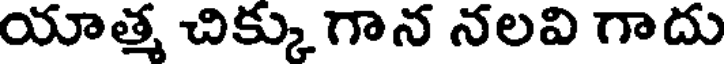
యాత్మ చిక్కుగాన నలవి గాదు